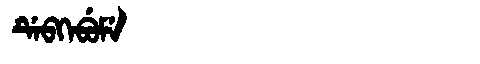
Manchu: ᡩᡝᠪᡴᡝᠪᡠᠮᡝ
Romanization: DEBKEBUME